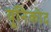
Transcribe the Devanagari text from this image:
यूनिकोद